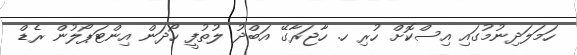
ހަމަލަދިނުމުގައި އިސްކޮށް ހުރި ހ. ހާޖަރާގޭ އަބްދު ލުތުފީ ހޯދަން އިންޓަޕޯލުން ރެޑް